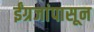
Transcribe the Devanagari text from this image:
ईंग्रजांपासून